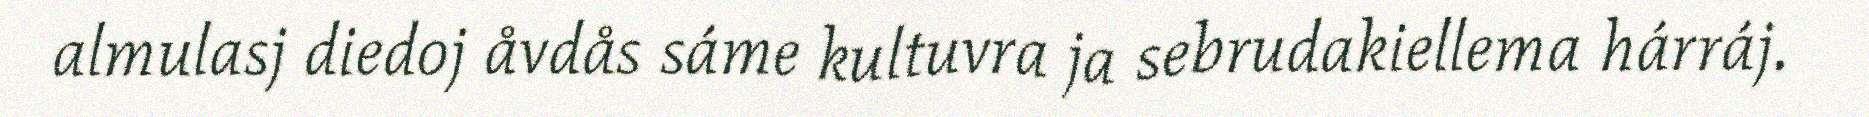
almulasj diedoj åvdås sáme kultuvra ja sebrudakiellema hárráj.